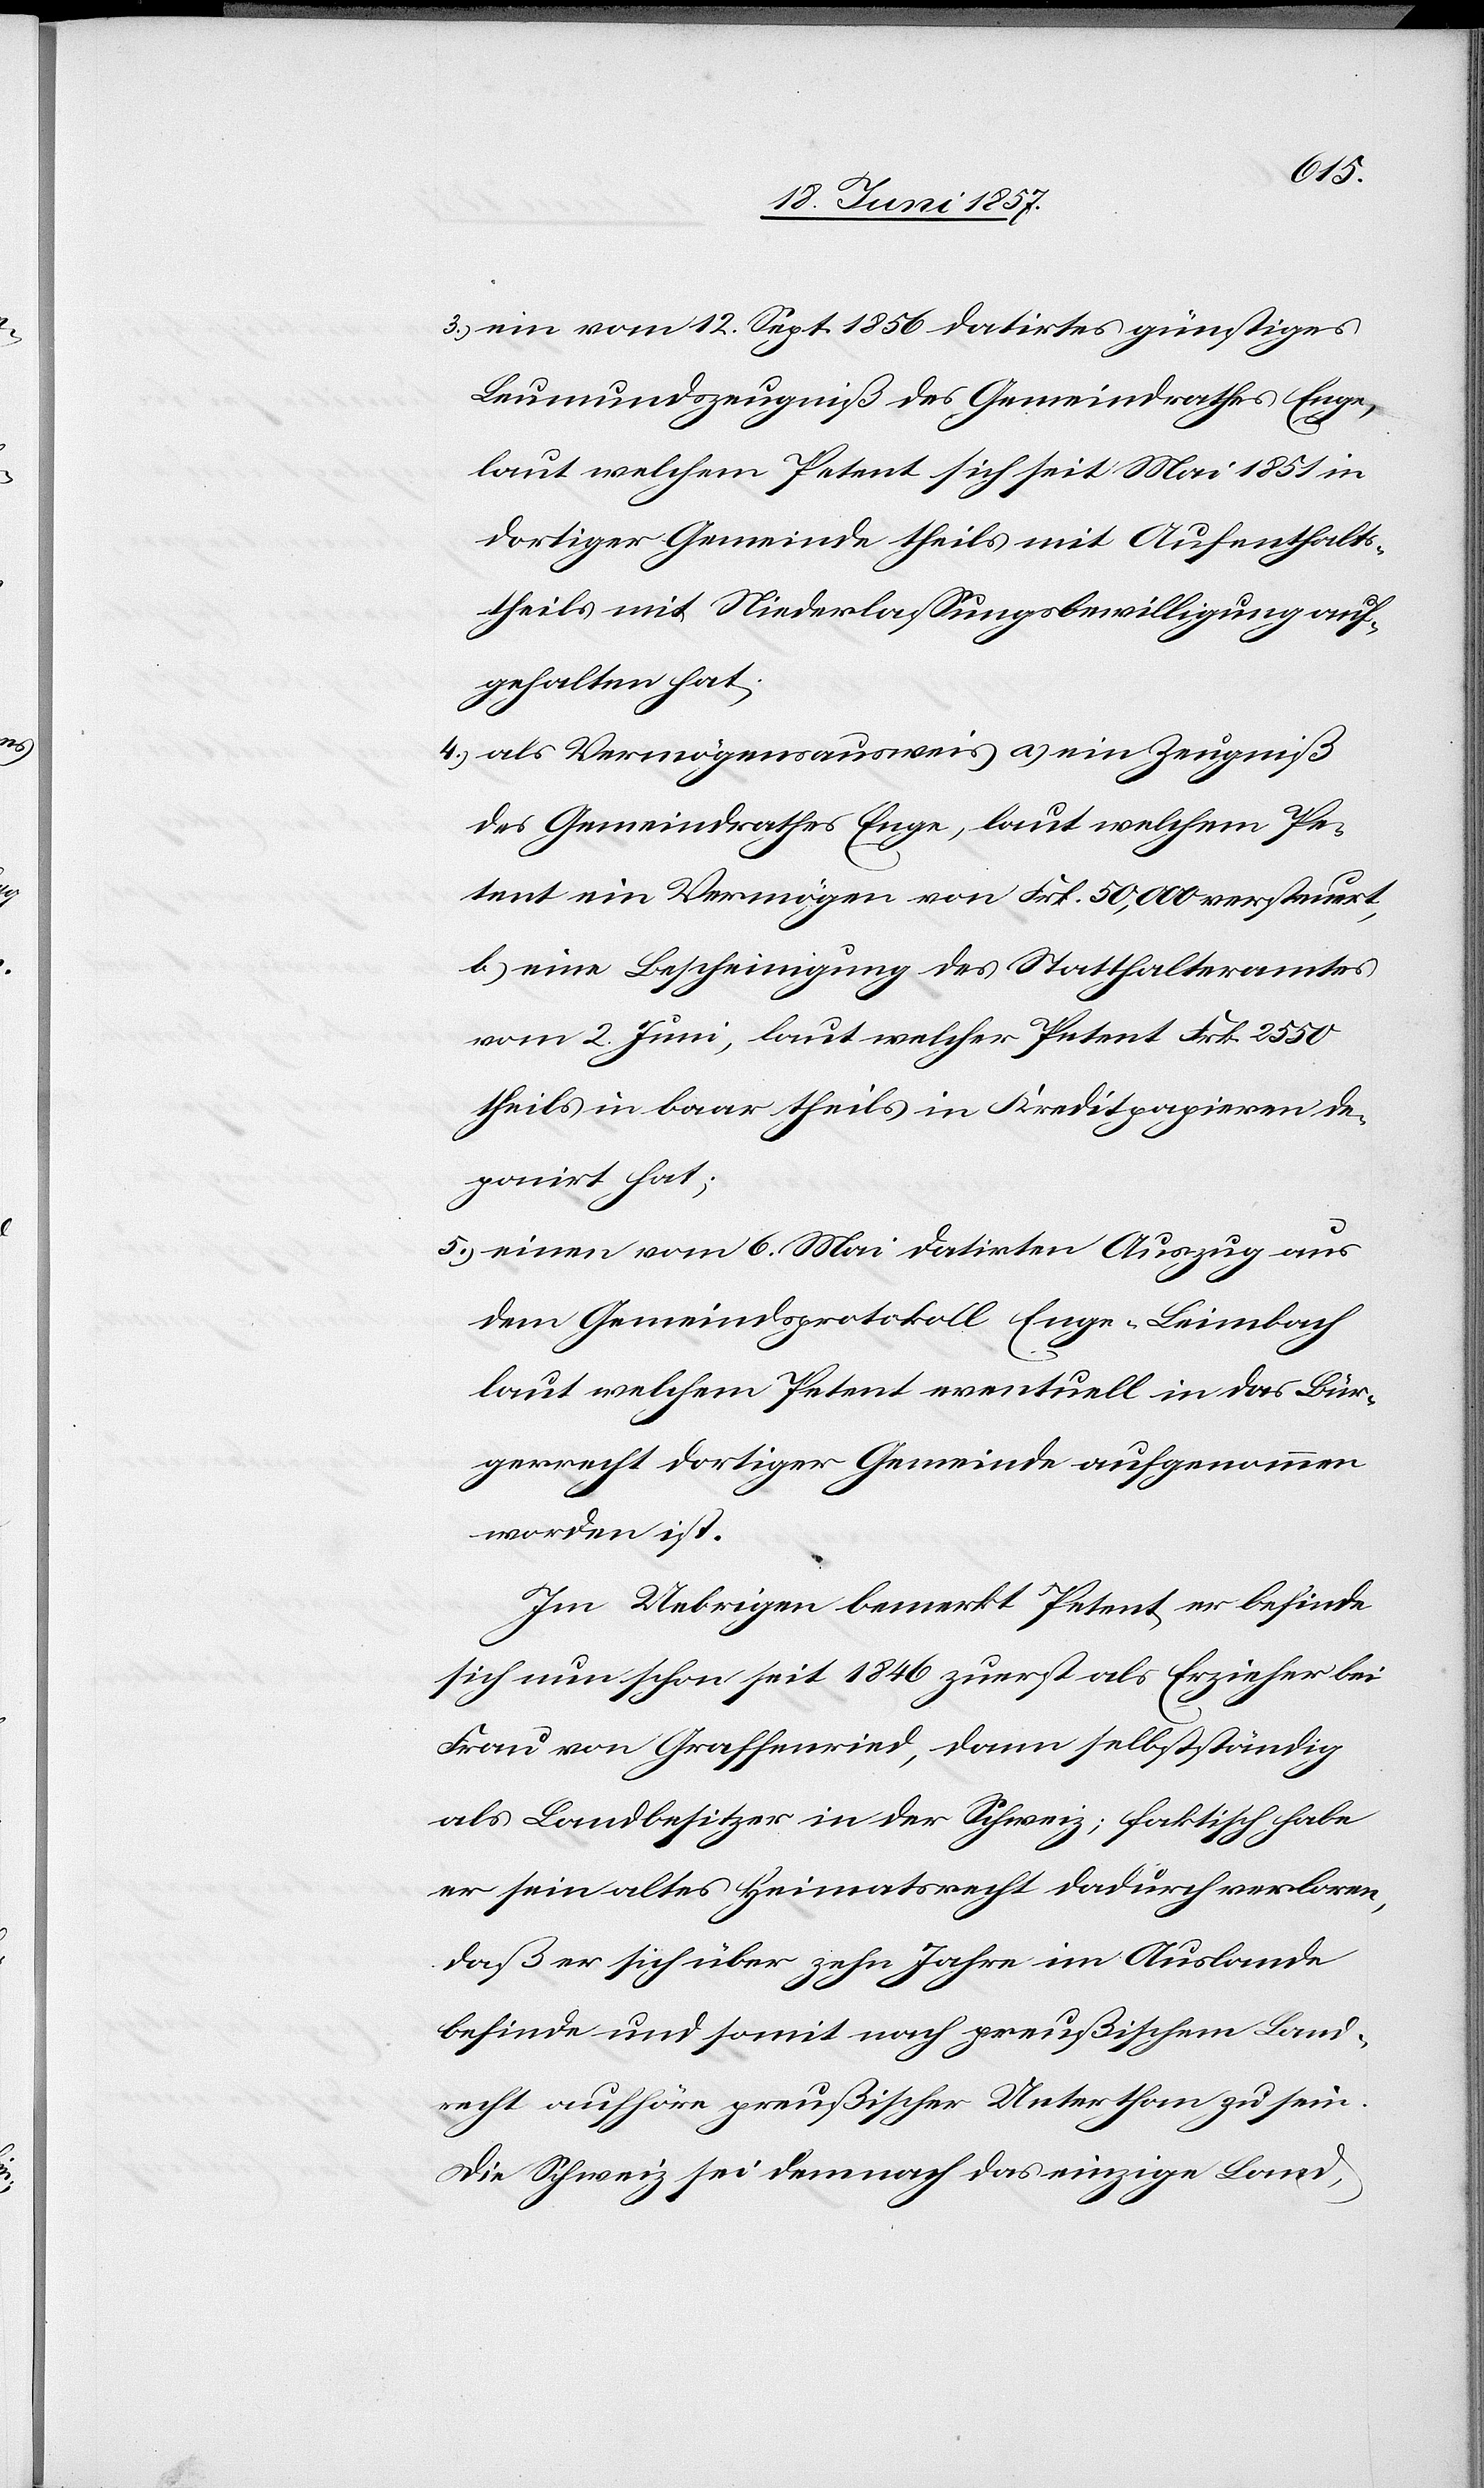
3.) ein vom 12 Sept. 1856 datirtes günstiges
Leumundszeugniß des Gemeindrathes Enge,
laut welchem Petent sich seit Mai 1851 in
dortiger Gemeinde theils mit Aufenthalts-
theils mit Niederlaßungsbewilligung auf¬
gehalten hat;
4.) als Vermögensausweis a) ein Zeugniß
des Gemeindrathes Enge, laut welchem Pe¬
tent ein Vermögen von Frk. 50,000 versteuert,
b) eine Bescheinigung des Statthalteramtes
vom 2 Juni, laut welcher Petent Frk. 2 550
theils in baar theils in Kreditpapieren de¬
ponirt hat;
5.) einen vom 6 Mai datirten Auszug aus
dem Gemeindsprotokoll Enge-Leimbach
laut welchem Petent eventuell in das Bür¬
gerrecht dortiger Gemeinde aufgenommen
worden ist.
Im Uebrigen bemerkt Petent er befinde
sich nun schon seit 1846 zuerst als Erzieher bei
Frau von Graffenried, dann selbstständig
als Landbesitzer in der Schweiz; faktisch habe
er sein altes Heimatsrecht dadurch verloren,
daß er sich über zehn Jahre im Auslande
befinde und somit nach preußischem Land¬
recht aufhöre preußischer Unterthan zu sein.
Die Schweiz sei demnach das einzige Land,